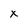
Character: x